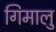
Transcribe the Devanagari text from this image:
गिमालु